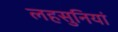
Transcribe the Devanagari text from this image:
लहसुनियां